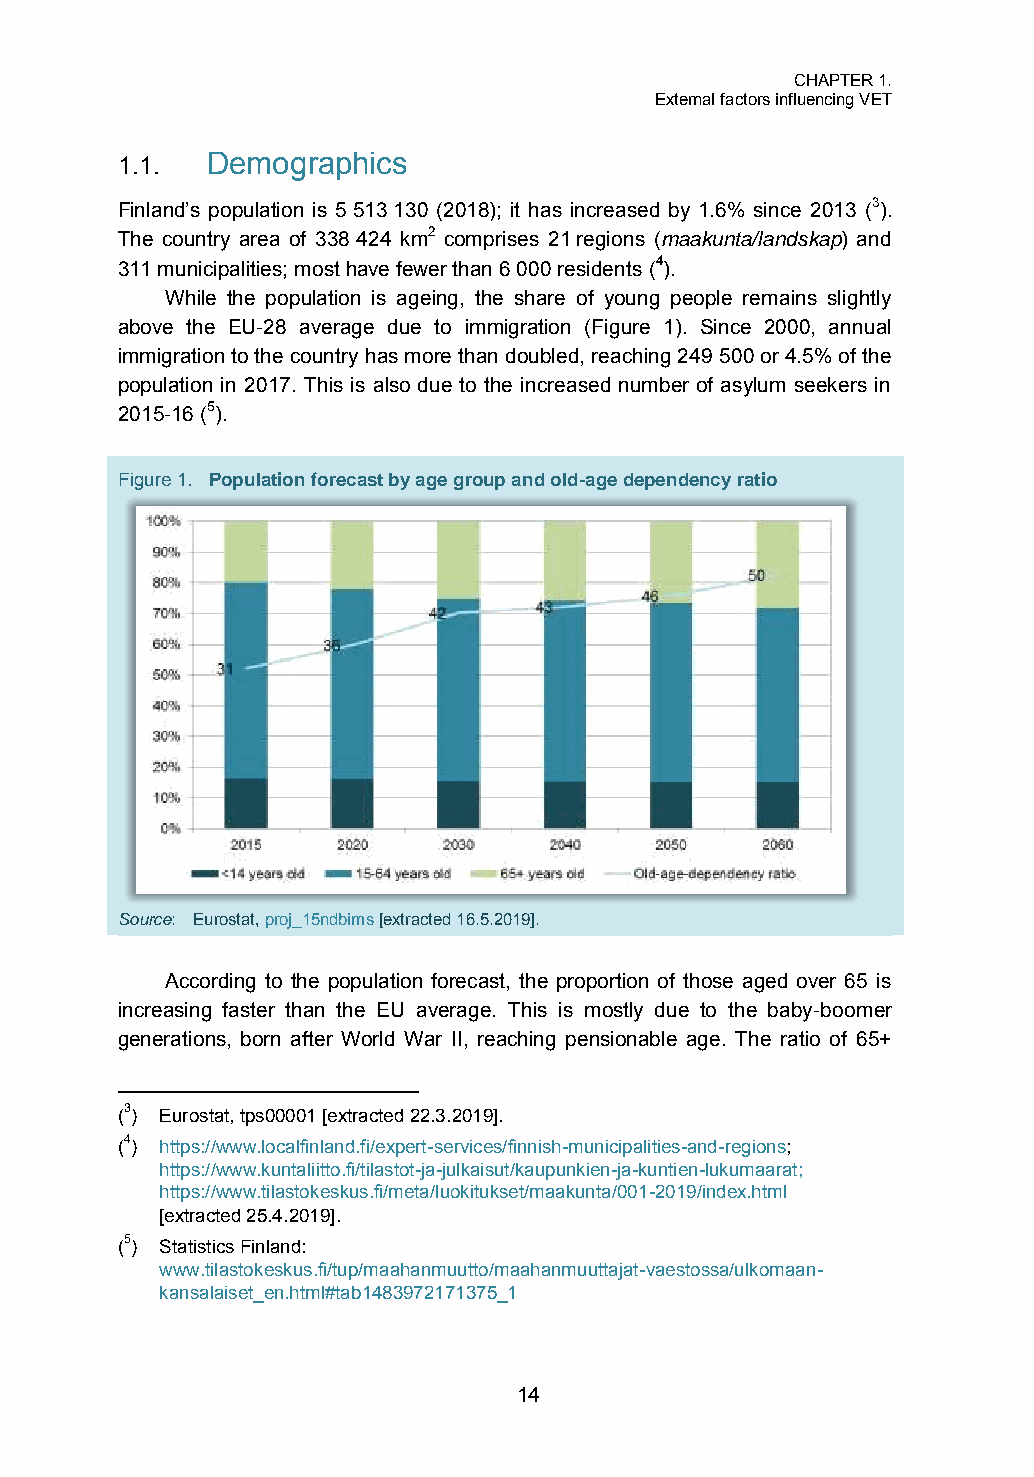
CHAPTER 1.
 External factors influencing VET
 1.1.  Demographics
 Finland’s population is 5 513 130 (2018); it has increased by 1.6% since 2013 (3).
 The country area of 338 424 km2 comprises 21 regions (maakunta/landskap) and
 311 municipalities; most have fewer than 6 000 residents (4).
 While the population is ageing, the share of young people remains slightly
 above the EU-28 average due to immigration (Figure 1). Since 2000, annual
 immigration to the country has more than doubled, reaching 249 500 or 4.5% of the
 population in 2017. This is also due to the increased number of asylum seekers in
 2015-16 (5).
 Figure 1. Population forecast by age group and old-age dependency ratio
 Source: Eurostat, proj_15ndbims [extracted 16.5.2019].
 According to the population forecast, the proportion of those aged over 65 is
 increasing faster than the EU average. This is mostly due to the baby-boomer
 generations, born after World War II, reaching pensionable age. The ratio of 65+
 (3) Eurostat, tps00001 [extracted 22.3.2019].
 (4) https://www.localfinland.fi/expert-services/finnish-municipalities-and-regions;
 https://www.kuntaliitto.fi/tilastot-ja-julkaisut/kaupunkien-ja-kuntien-lukumaarat;
 https://www.tilastokeskus.fi/meta/luokitukset/maakunta/001-2019/index.html
 [extracted 25.4.2019].
 (5) Statistics Finland:
 www.tilastokeskus.fi/tup/maahanmuutto/maahanmuuttajat-vaestossa/ulkomaan-
 kansalaiset_en.html#tab1483972171375_1
 14